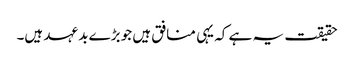
حقیقت یہ ہے کہ یہی منافق ہیں جو بڑے بد عہد ہیں۔